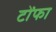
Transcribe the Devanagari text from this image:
टोंफा